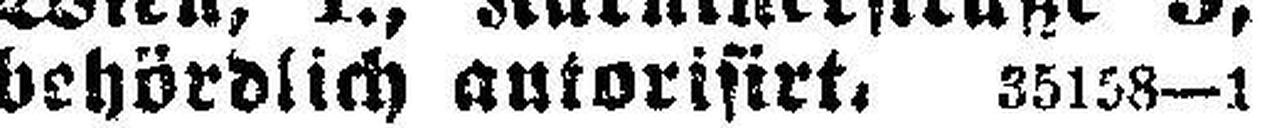
behördlich autorisirt. 35158—1